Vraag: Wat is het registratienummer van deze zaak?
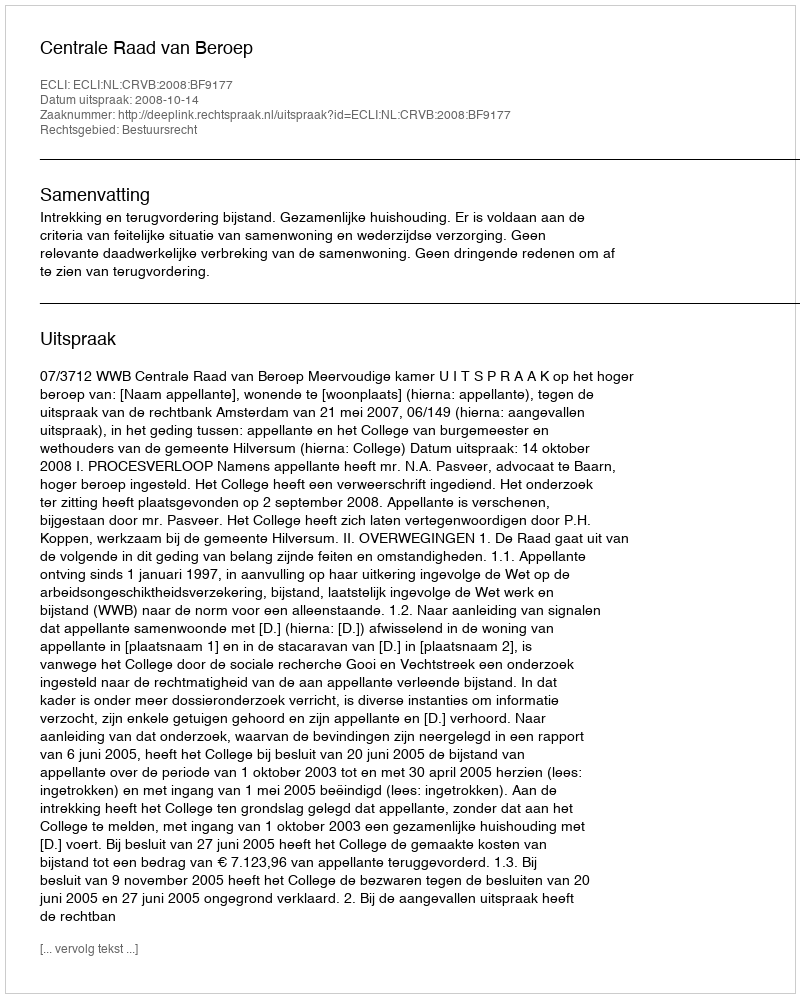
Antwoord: http://deeplink.rechtspraak.nl/uitspraak?id=ECLI:NL:CRVB:2008:BF9177